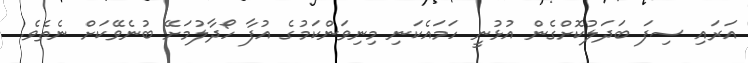
އަރައި ސިފަ ބަދަލުކޮށްގެން އުޅުނީ ހަމައެކަނި މިނިވަންކަމުގެ އުފާ ހޯދާލުމަށޭ ބުނެވޭކަށް ނެތެވެ.